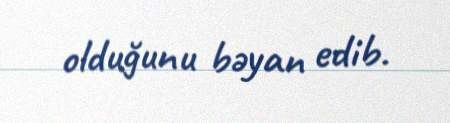
olduğunu bəyan edib.